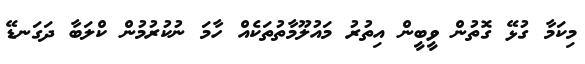
މިކަމާ ގުޅޭ ގޮތުން ވީބީން އިތުރު މައުލޫމާތުތަކެއް ހާމަ ނުކުރުމުން ކްލަބާ ދަގަނޑޭ